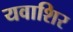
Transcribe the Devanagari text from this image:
यवाशिर